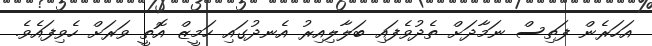
އަހަރެން ފަތިސް ނަމާދަށް ތެދުވެފައި ބަލާލިއިރު އެނދުގައި ހަމީޒް އޮތީ ވަރަށް ހެވިފައެވެ.